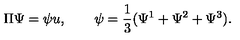
\Pi \Psi = \psi u , \qquad \psi = { \frac { 1 } { 3 } } ( \Psi ^ { 1 } + \Psi ^ { 2 } + \Psi ^ { 3 } ) .